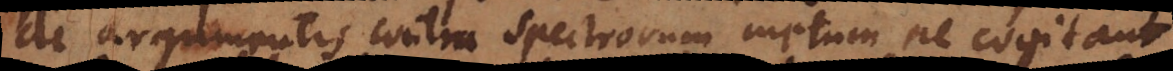
de argumentis contra spectrorum metum ne cogitant